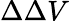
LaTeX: \Delta\Delta V